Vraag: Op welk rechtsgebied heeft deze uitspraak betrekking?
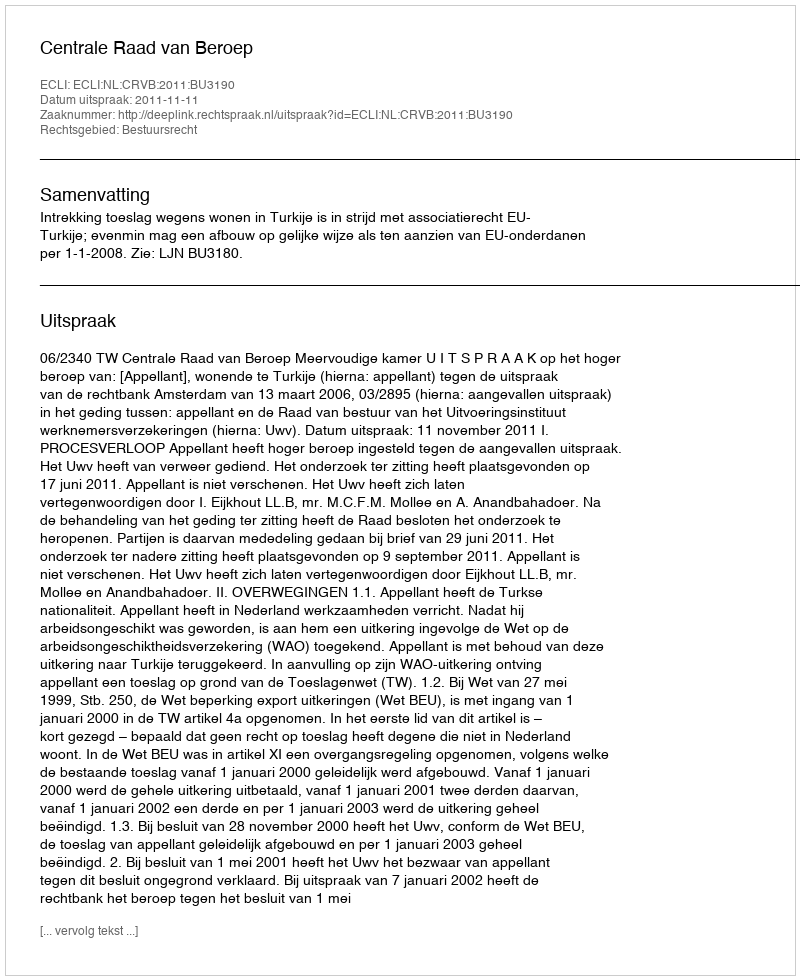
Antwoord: Bestuursrecht